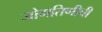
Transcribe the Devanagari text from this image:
जोगतिणीची